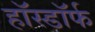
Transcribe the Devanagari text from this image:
हॉस्डॉर्फ